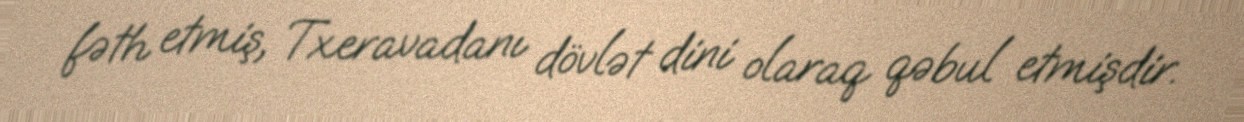
fəth etmiş, Txeravadanı dövlət dini olaraq qəbul etmişdir.